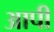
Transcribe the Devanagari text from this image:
आपी